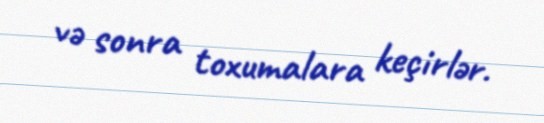
və sonra toxumalara keçirlər.